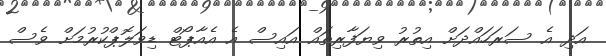
އަދި އެ ސަރަހައްދަށް އިތުރު ވިޔަފާރިތައް އައިސް އެ އެއާޕޯޓް ޑިވަލޮޕްކުރުމަށް ވެސް